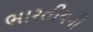
ભારતીયની